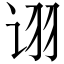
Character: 诩